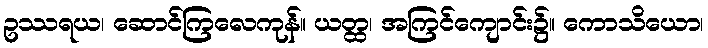
ဥဿရယ၊ ဆောင်ကြလေကုန်။ ယတ္ထ၊ အကြင်ကျောင်း၌။ ကောသိယော၊